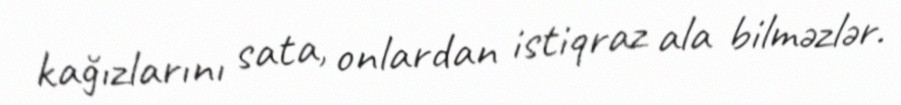
kağızlarını sata, onlardan istiqraz ala bilməzlər.